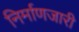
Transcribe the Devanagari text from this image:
निर्माणजारी